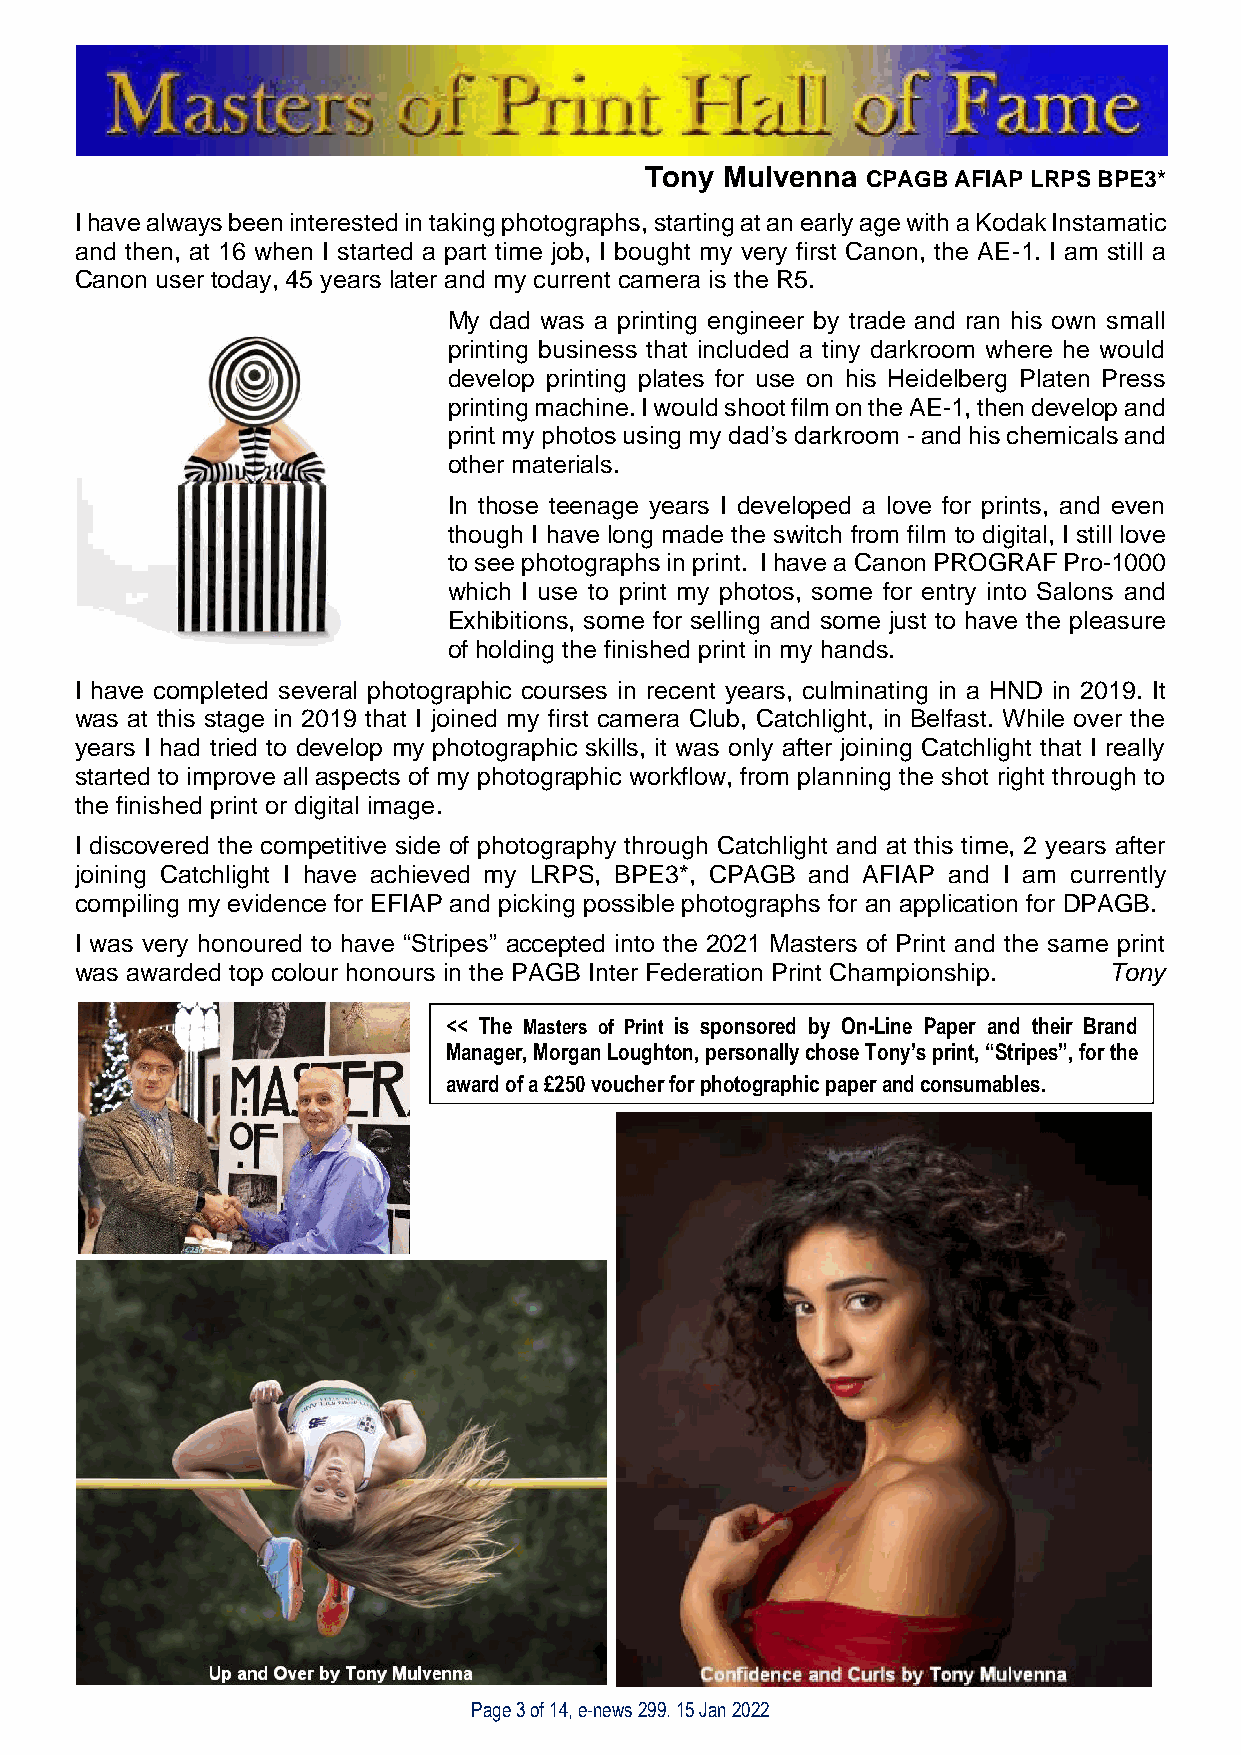
Tony Mulvenna CPAGB AFIAP LRPS BPE3*
 I have always been interested in taking photographs, starting at an early age with a Kodak Instamatic
 and then, at 16 when I started a part time job, I bought my very first Canon, the AE-1. I am still a
 Canon user today, 45 years later and my current camera is the R5.
 My dad was a printing engineer by trade and ran his own small
 printing business that included a tiny darkroom where he would
 develop printing plates for use on his Heidelberg Platen Press
 printing machine. I would shoot film on the AE-1, then develop and
 print my photos using my dad’s darkroom - and his chemicals and
 other materials.
 In those teenage years I developed a love for prints, and even
 though I have long made the switch from film to digital, I still love
 to see photographs in print. I have a Canon PROGRAF Pro-1000
 which I use to print my photos, some for entry into Salons and
 Exhibitions, some for selling and some just to have the pleasure
 of holding the finished print in my hands.
 I have completed several photographic courses in recent years, culminating in a HND in 2019. It
 was at this stage in 2019 that I joined my first camera Club, Catchlight, in Belfast. While over the
 years I had tried to develop my photographic skills, it was only after joining Catchlight that I really
 started to improve all aspects of my photographic workflow, from planning the shot right through to
 the finished print or digital image.
 I discovered the competitive side of photography through Catchlight and at this time, 2 years after
 joining Catchlight I have achieved my LRPS, BPE3*, CPAGB and AFIAP and I am currently
 compiling my evidence for EFIAP and picking possible photographs for an application for DPAGB.
 I was very honoured to have “Stripes” accepted into the 2021 Masters of Print and the same print
 was awarded top colour honours in the PAGB Inter Federation Print Championship. Tony
 << The Masters of Print is sponsored by On-Line Paper and their Brand
 Manager, Morgan Loughton, personally chose Tony’s print, “Stripes”, for the
 award of a £250 voucher for photographic paper and consumables.
 Page 3 of 14, e-news 299. 15 Jan 2022